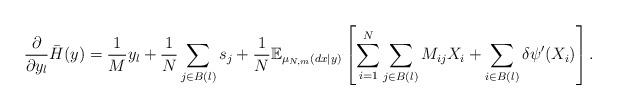
LaTeX: \begin{align*}\frac{\partial}{\partial y_l } \bar{H} (y) = \frac{1}{M} y_l + \frac{1}{N} \sum_{j \in B(l)} s_j + \frac{1}{N}\mathbb{E}_{\mu_{N,m}(dx|y)}\left[ \sum_{i=1}^N \sum_{j \in B(l)} M_{ij}X_i + \sum_{i \in B(l)} \delta \psi ' (X_i)\right].\end{align*}